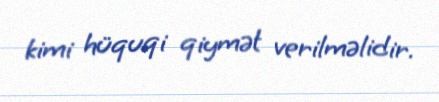
kimi hüquqi qiymət verilməlidir.